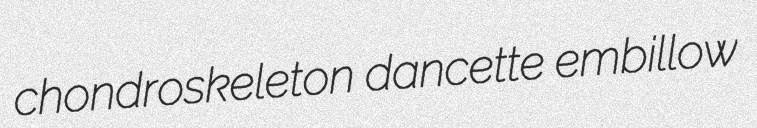
chondroskeleton dancette embillow